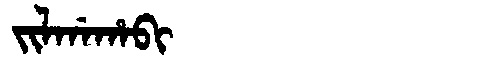
Manchu: ᠵᡳᠯᡤᠠᡥᠠᠪᡳ
Romanization: JILGAHABI